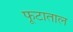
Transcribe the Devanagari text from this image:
फूटाताल